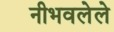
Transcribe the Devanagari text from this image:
नीभवलेले